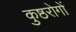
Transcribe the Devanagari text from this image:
कुष्ठरोगों